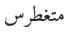
متغطرس